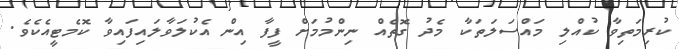
ކުރިމަތިވާ ކުއްލި މައްސަލަތަކާ މެދު ގޮތެއް ނިންމުމަށް ފީފާ އިން އެކުލަވާލައިފައިވާ ކޮމެޓީއެކެވެ.